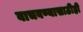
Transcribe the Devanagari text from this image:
वाचवण्यासाठीही